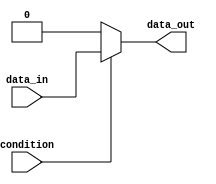
module basic_if_else_example(
    input wire condition,
    input wire data_in,
    output reg data_out
);

always @(*) begin
    if (condition) begin
        data_out = data_in; // execute this block if condition is true
    end else begin
        data_out = 0; // execute this block if condition is false
    end
end

endmodule